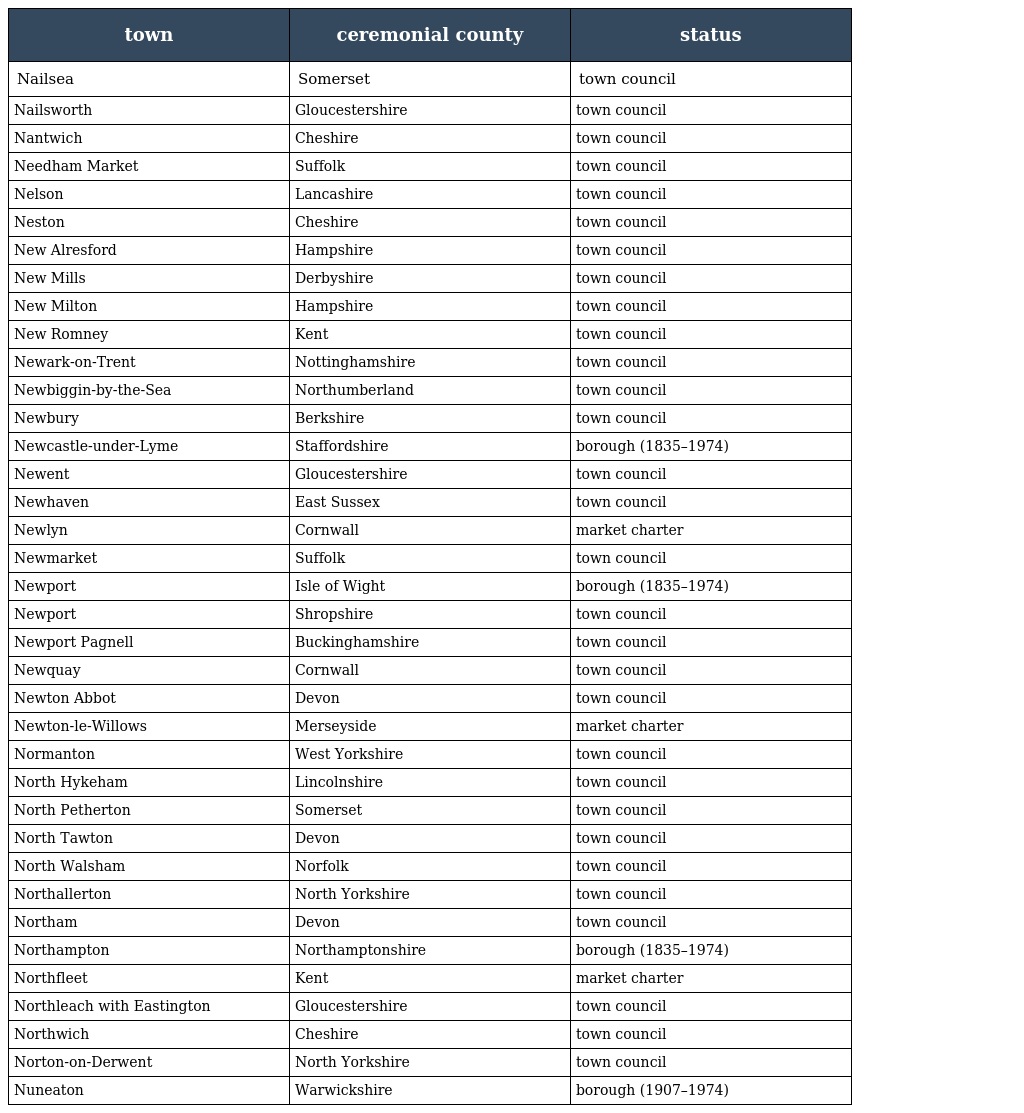
| town | ceremonial county | status |
 | --- | --- | --- |
 | Nailsea | Somerset | town council |
 | Nailsworth | Gloucestershire | town council |
 | Nantwich | Cheshire | town council |
 | Needham Market | Suffolk | town council |
 | Nelson | Lancashire | town council |
 | Neston | Cheshire | town council |
 | New Alresford | Hampshire | town council |
 | New Mills | Derbyshire | town council |
 | New Milton | Hampshire | town council |
 | New Romney | Kent | town council |
 | Newark-on-Trent | Nottinghamshire | town council |
 | Newbiggin-by-the-Sea | Northumberland | town council |
 | Newbury | Berkshire | town council |
 | Newcastle-under-Lyme | Staffordshire | borough (1835–1974) |
 | Newent | Gloucestershire | town council |
 | Newhaven | East Sussex | town council |
 | Newlyn | Cornwall | market charter |
 | Newmarket | Suffolk | town council |
 | Newport | Isle of Wight | borough (1835–1974) |
 | Newport | Shropshire | town council |
 | Newport Pagnell | Buckinghamshire | town council |
 | Newquay | Cornwall | town council |
 | Newton Abbot | Devon | town council |
 | Newton-le-Willows | Merseyside | market charter |
 | Normanton | West Yorkshire | town council |
 | North Hykeham | Lincolnshire | town council |
 | North Petherton | Somerset | town council |
 | North Tawton | Devon | town council |
 | North Walsham | Norfolk | town council |
 | Northallerton | North Yorkshire | town council |
 | Northam | Devon | town council |
 | Northampton | Northamptonshire | borough (1835–1974) |
 | Northfleet | Kent | market charter |
 | Northleach with Eastington | Gloucestershire | town council |
 | Northwich | Cheshire | town council |
 | Norton-on-Derwent | North Yorkshire | town council |
 | Nuneaton | Warwickshire | borough (1907–1974) |